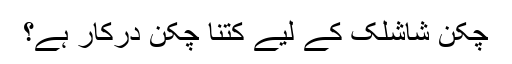
چکن شاشلک کے لیے کتنا چکن درکار ہے؟